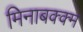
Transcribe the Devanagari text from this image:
मिनाबक्क्म